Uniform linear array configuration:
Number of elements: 12
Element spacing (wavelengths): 1
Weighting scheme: kaiser
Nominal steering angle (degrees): -45
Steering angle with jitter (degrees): -46.259
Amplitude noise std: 0.05
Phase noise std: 0.05

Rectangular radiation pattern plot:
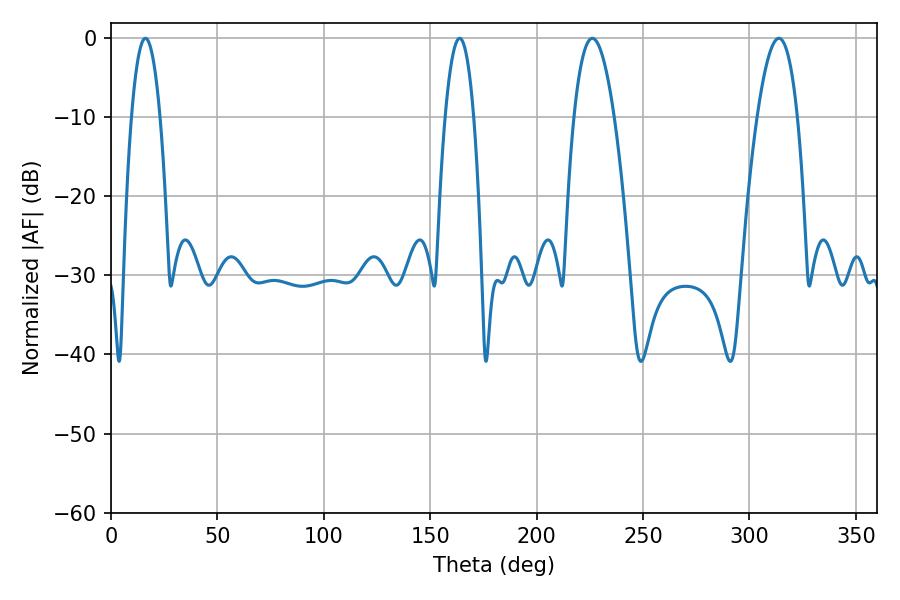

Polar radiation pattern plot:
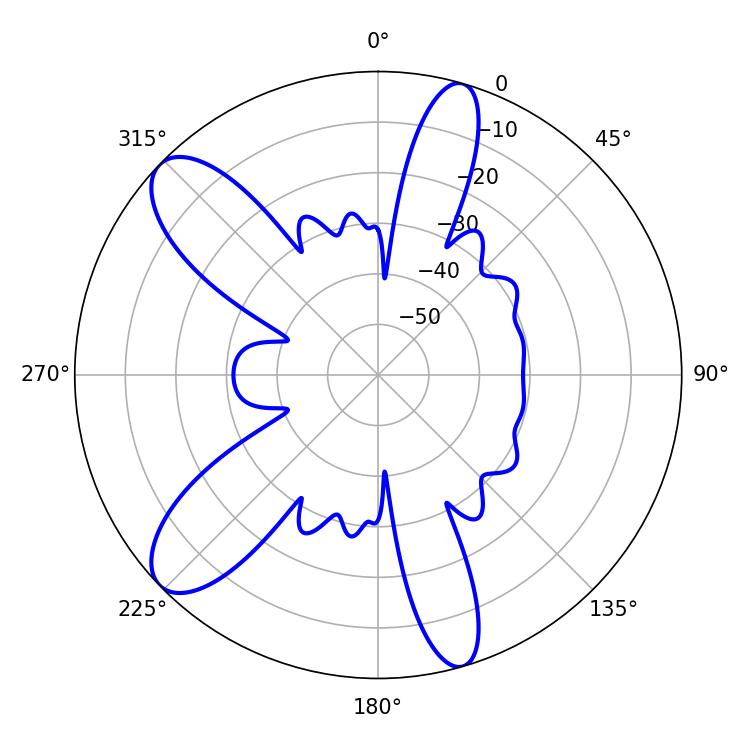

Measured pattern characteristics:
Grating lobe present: TRUE
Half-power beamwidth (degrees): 7.38
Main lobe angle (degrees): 163.8